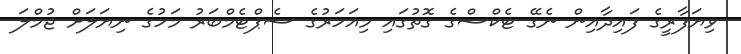
ވިޔަފާރީގެ ފައިދާއިން ނެގޭ ޓެކްސްގެ ގޮތުގައި މިއަހަރުގެ ސެޕްޓެމްބަރު މަހުގެ ނިޔަލަށް ޖުމްލަ